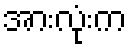
အားလုံးက